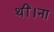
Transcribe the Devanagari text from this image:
थीं।ना